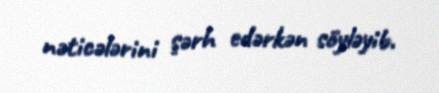
nəticələrini şərh edərkən söyləyib.